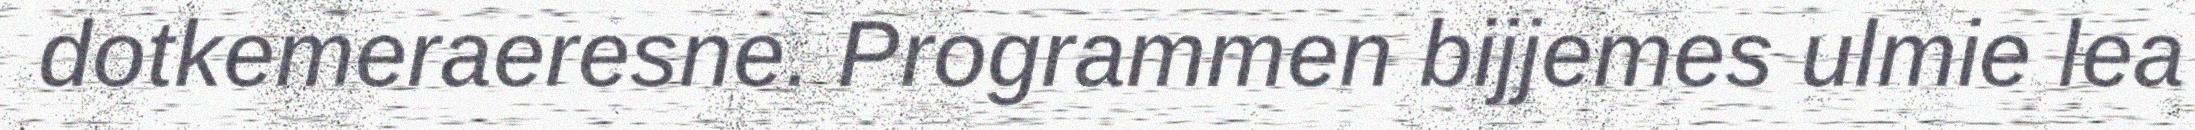
dotkemeraeresne. Programmen bijjemes ulmie lea